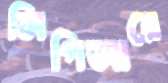
সিপিআরে